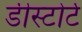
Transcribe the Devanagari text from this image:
डीस्टोर्ट